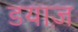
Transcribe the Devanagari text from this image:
डयाज़